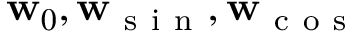
\mathbf { w } _ { 0 } , \mathbf { w } _ { \mathrm { ~ s ~ i ~ n ~ } } , \mathbf { w } _ { \mathrm { ~ c ~ o ~ s ~ } }